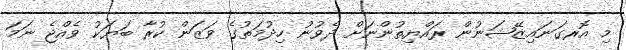
މި އޮރގަނައިޒޭޝަނުން ރައްޔިތުންނަށް ދެވުނު ހިދުމަތުގެ ވަޒަން ކުރާ ބަޔަކު ވެއްޖެ ނަމަ